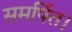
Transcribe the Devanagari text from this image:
समर्पित।